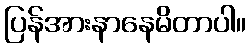
ပြန်အားနာနေမိတာပါ။